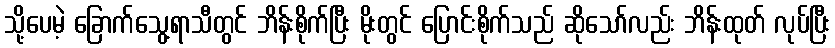
သို့ပေမဲ့ ခြောက်သွေ့ရာသီတွင် ဘိန်းစိုက်ပြီး မိုးတွင် ပြောင်းစိုက်သည် ဆိုသော်လည်း ဘိန်းထုတ် လုပ်ပြီး